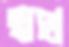
স্বপ্ল